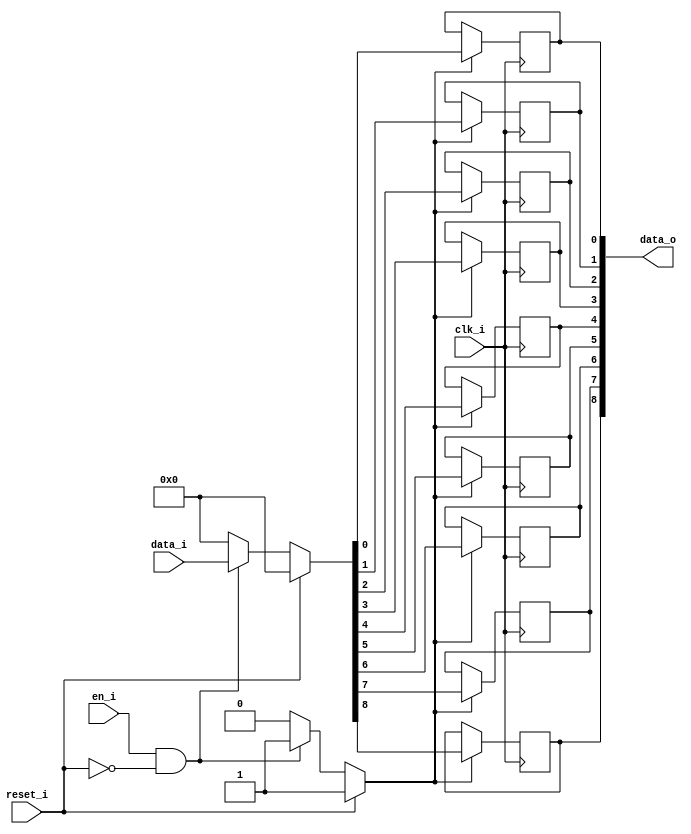
module bsg_dff_reset_en_width_p9_harden_p1
(
  clk_i,
  reset_i,
  en_i,
  data_i,
  data_o
);

  input [8:0] data_i;
  output [8:0] data_o;
  input clk_i;
  input reset_i;
  input en_i;
  wire [8:0] data_o;
  wire N0,N1,N2,N3,N4,N5,N6,N7,N8,N9,N10,N11,N12,N13,N14;
  reg data_o_8_sv2v_reg,data_o_7_sv2v_reg,data_o_6_sv2v_reg,data_o_5_sv2v_reg,
  data_o_4_sv2v_reg,data_o_3_sv2v_reg,data_o_2_sv2v_reg,data_o_1_sv2v_reg,
  data_o_0_sv2v_reg;
  assign data_o[8] = data_o_8_sv2v_reg;
  assign data_o[7] = data_o_7_sv2v_reg;
  assign data_o[6] = data_o_6_sv2v_reg;
  assign data_o[5] = data_o_5_sv2v_reg;
  assign data_o[4] = data_o_4_sv2v_reg;
  assign data_o[3] = data_o_3_sv2v_reg;
  assign data_o[2] = data_o_2_sv2v_reg;
  assign data_o[1] = data_o_1_sv2v_reg;
  assign data_o[0] = data_o_0_sv2v_reg;

  always @(posedge clk_i) begin
    if(N3) begin
      data_o_8_sv2v_reg <= N12;
    end 
  end


  always @(posedge clk_i) begin
    if(N3) begin
      data_o_7_sv2v_reg <= N11;
    end 
  end


  always @(posedge clk_i) begin
    if(N3) begin
      data_o_6_sv2v_reg <= N10;
    end 
  end


  always @(posedge clk_i) begin
    if(N3) begin
      data_o_5_sv2v_reg <= N9;
    end 
  end


  always @(posedge clk_i) begin
    if(N3) begin
      data_o_4_sv2v_reg <= N8;
    end 
  end


  always @(posedge clk_i) begin
    if(N3) begin
      data_o_3_sv2v_reg <= N7;
    end 
  end


  always @(posedge clk_i) begin
    if(N3) begin
      data_o_2_sv2v_reg <= N6;
    end 
  end


  always @(posedge clk_i) begin
    if(N3) begin
      data_o_1_sv2v_reg <= N5;
    end 
  end


  always @(posedge clk_i) begin
    if(N3) begin
      data_o_0_sv2v_reg <= N4;
    end 
  end

  assign N3 = (N0)? 1'b1 : 
              (N14)? 1'b1 : 
              (N2)? 1'b0 : 1'b0;
  assign N0 = reset_i;
  assign { N12, N11, N10, N9, N8, N7, N6, N5, N4 } = (N0)? { 1'b0, 1'b0, 1'b0, 1'b0, 1'b0, 1'b0, 1'b0, 1'b0, 1'b0 } : 
                                                     (N14)? data_i : 1'b0;
  assign N1 = en_i | reset_i;
  assign N2 = ~N1;
  assign N13 = ~reset_i;
  assign N14 = en_i & N13;

endmodule